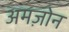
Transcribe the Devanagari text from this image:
अमज़ोन